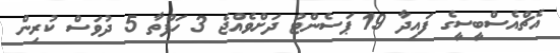
އެޗްއެސްބީސީގެ ފައިދާ 19 ޕަސެންޓު ދަށްވެއްޖެ 3 ހަފްތާ 5 ދުވަސް ކުރިން